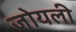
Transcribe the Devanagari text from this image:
जोयली